Civil Veterinary Dept. North-West Frontier Province 1933-46 - 1933-1946
Year: 1933
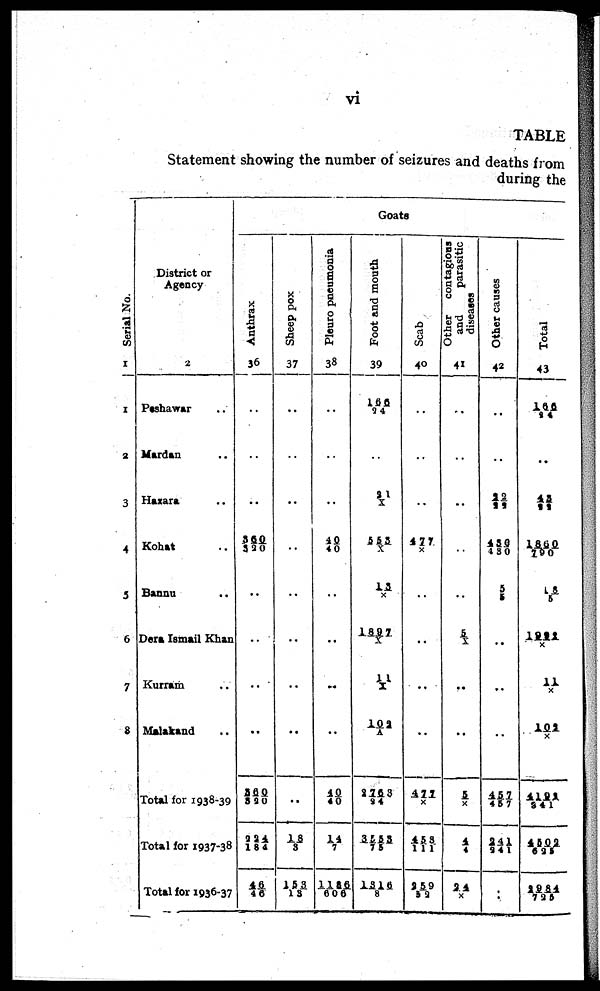
vi
TABLE
Statement showing the number of seizures and deaths from
during the
Serial No.
1
1
2
3
4
5
6
7
8
District or
Agency
2
Pashawar ..
Mardan ..
Hazara ..
Kohat ..
Bannu ..
Dera Ismail Khan
Kurram ..
Malakand ..
Total for 1938-39
Total for 1937-38
Total for 1936-37
Goats
Anthrax
36
..
..
..
360/ 320
..
..
..
..
560/520
224/184
46/46
Sheep pox
37
..
..
..
..
..
..
..
..
..
18/3
153/13
Pleuro pneumonia
38
..
..
..
40/40
..
..
..
..
40/40
14/7
1186/606
Foot and mouth
39
166/24
..
21/X
553/X
13/ X
1897/X
11/X
102/A
2753/24
3553/75
1316/8
Scab
40
..
..
..
477/X
..
..
..
..
477/X
453/111
259/52
Other contagious
and
parasitic
diseases
41
..
..
..
..
..
5/X
..
..
5/X
4/4
24/X
Other causes
42
..
..
22/22
430/ 430
5/5
..
..
..
457/457
241/ 241
..
Total
43
166/24
..
43/22
1860/790
18/5
1992/X
11/X
102/A
4192/241
4502/625
2984/725